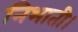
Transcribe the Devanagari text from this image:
निभाती।